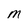
Character: M